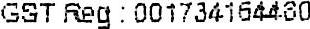
GST REG : 001734164480